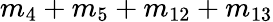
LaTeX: m_{4}+m_{5}+m_{12}+m_{13}